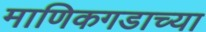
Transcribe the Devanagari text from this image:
माणिकगडाच्या